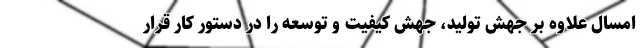
امسال علاوه بر جهش تولید، جهش کیفیت و توسعه را در دستور کار قرار